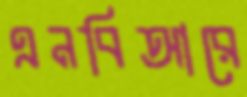
এনবিআরে